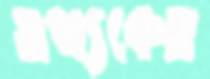
তথ্যকেও